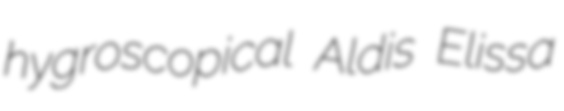
hygroscopical Aldis Elissa